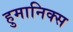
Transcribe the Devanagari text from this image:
हुमानिक्स